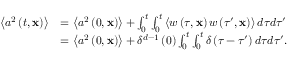
\begin{array} { r l } { \left\langle a ^ { 2 } \left( t , \mathbf { x } \right) \right\rangle } & { = \left\langle a ^ { 2 } \left( 0 , \mathbf { x } \right) \right\rangle + \int _ { 0 } ^ { t } \int _ { 0 } ^ { t } \left\langle w \left( \tau , \mathbf { x } \right) w \left( \tau ^ { \prime } , \mathbf { x } \right) \right\rangle d \tau d \tau ^ { \prime } } \\ & { = \left\langle a ^ { 2 } \left( 0 , \mathbf { x } \right) \right\rangle + \delta ^ { d - 1 } \left( 0 \right) \int _ { 0 } ^ { t } \int _ { 0 } ^ { t } \delta \left( \tau - \tau ^ { \prime } \right) d \tau d \tau ^ { \prime } . } \end{array}